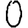
Digit: 0